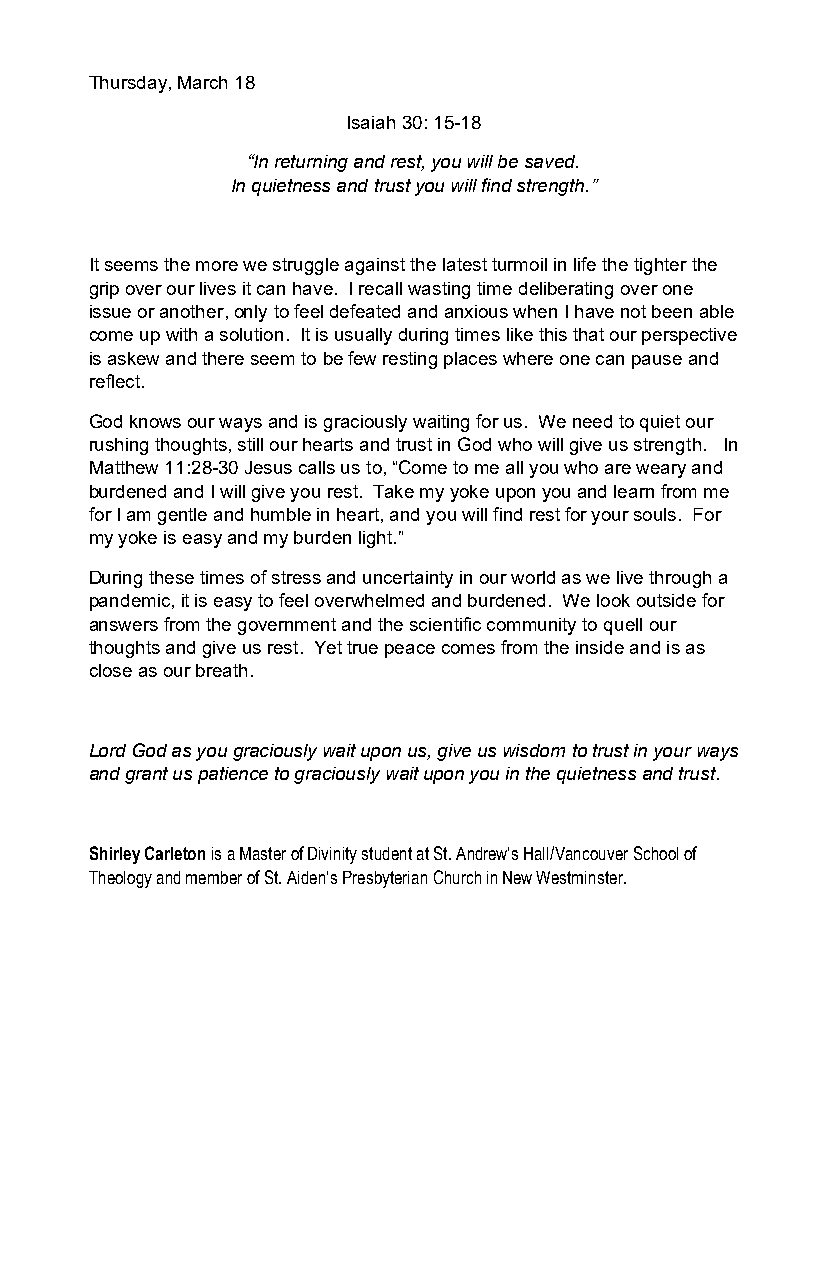
Thursday, March 18
 Isaiah 30: 15-18
 “In returning and rest, you will be saved.
 In quietness and trust you will find strength.”
 It seems the more we struggle against the latest turmoil in life the tighter the
 grip over our lives it can have. I recall wasting time deliberating over one
 issue or another, only to feel defeated and anxious when I have not been able
 come up with a solution. It is usually during times like this that our perspective
 is askew and there seem to be few resting places where one can pause and
 reflect.
 God knows our ways and is graciously waiting for us. We need to quiet our
 rushing thoughts, still our hearts and trust in God who will give us strength. In
 Matthew 11:28-30 Jesus calls us to, “Come to me all you who are weary and
 burdened and I will give you rest. Take my yoke upon you and learn from me
 for I am gentle and humble in heart, and you will find rest for your souls. For
 my yoke is easy and my burden light.”
 During these times of stress and uncertainty in our world as we live through a
 pandemic, it is easy to feel overwhelmed and burdened. We look outside for
 answers from the government and the scientific community to quell our
 thoughts and give us rest. Yet true peace comes from the inside and is as
 close as our breath.
 Lord God as you graciously wait upon us, give us wisdom to trust in your ways
 and grant us patience to graciously wait upon you in the quietness and trust.
 Shirley Carleton is a Master of Divinity student at St. Andrew’s Hall/Vancouver School of
 Theology and member of St. Aiden’s Presbyterian Church in New Westminster.